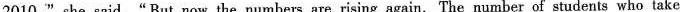
2010," she said." But now the numbers are rising again. The number of students who take